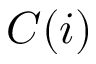
C ( i )